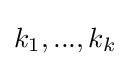
k_{1},...,k_{k}